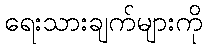
ရေးသားချက်များကို